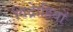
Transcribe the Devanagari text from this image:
विद्राेहियों